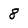
Character: 8